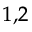
^ { 1 , 2 }